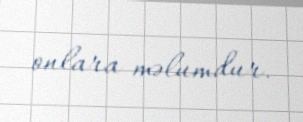
onlara məlumdur.